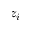
z _ { i }